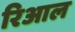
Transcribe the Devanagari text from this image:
रिआल